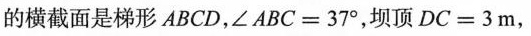
的横截面是梯形ABCD，$$∠ A B C = 3 7 °$$，坝顶$$D C = 3 m$$，